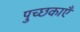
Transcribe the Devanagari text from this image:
पुच्छकाएँ